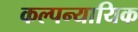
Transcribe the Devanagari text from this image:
कल्पन्यायिक